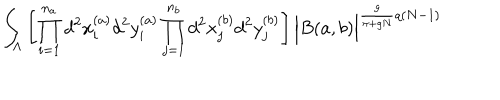
LaTeX: \int _ { \Lambda } \left[ \prod _ { i = 1 } ^ { n _ { a } } d ^ { 2 } x _ { i } ^ { ( a ) } d ^ { 2 } y _ { i } ^ { ( a ) } \prod _ { j = 1 } ^ { n _ { b } } d ^ { 2 } x _ { j } ^ { ( b ) } d ^ { 2 } y _ { j } ^ { ( b ) } \right] \Big | B ( a , b ) \Big | ^ { \frac { g } { \pi + g N } q ( N - 1 ) } \;